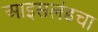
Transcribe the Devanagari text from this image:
आइसलंडचा